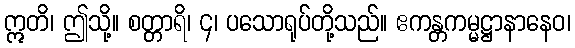
ဣတိ၊ ဤသို့။ စတ္တာရိ၊ ၄၊ ပသောရုပ်တို့သည်။ ဧကန္တကမ္မဋ္ဌာနာနေဝ၊